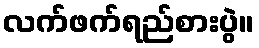
လက်ဖက်ရည်စားပွဲ။